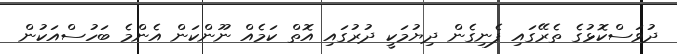
ދުވަސްކޮޅުގެ ތެރޭގައި ފެނިގެން ދިޔުމަކީ ދުރުގައި އޮތް ކަމެއް ނޫންކަން އެންމެ ބަހުސްއަކުން